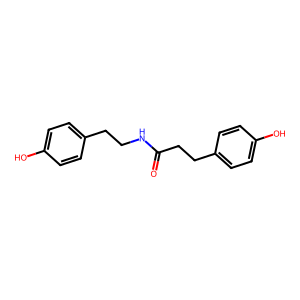
SMILES: O=C(CCc1ccc(O)cc1)NCCc1ccc(O)cc1
Inhibits HIV replication: Yes